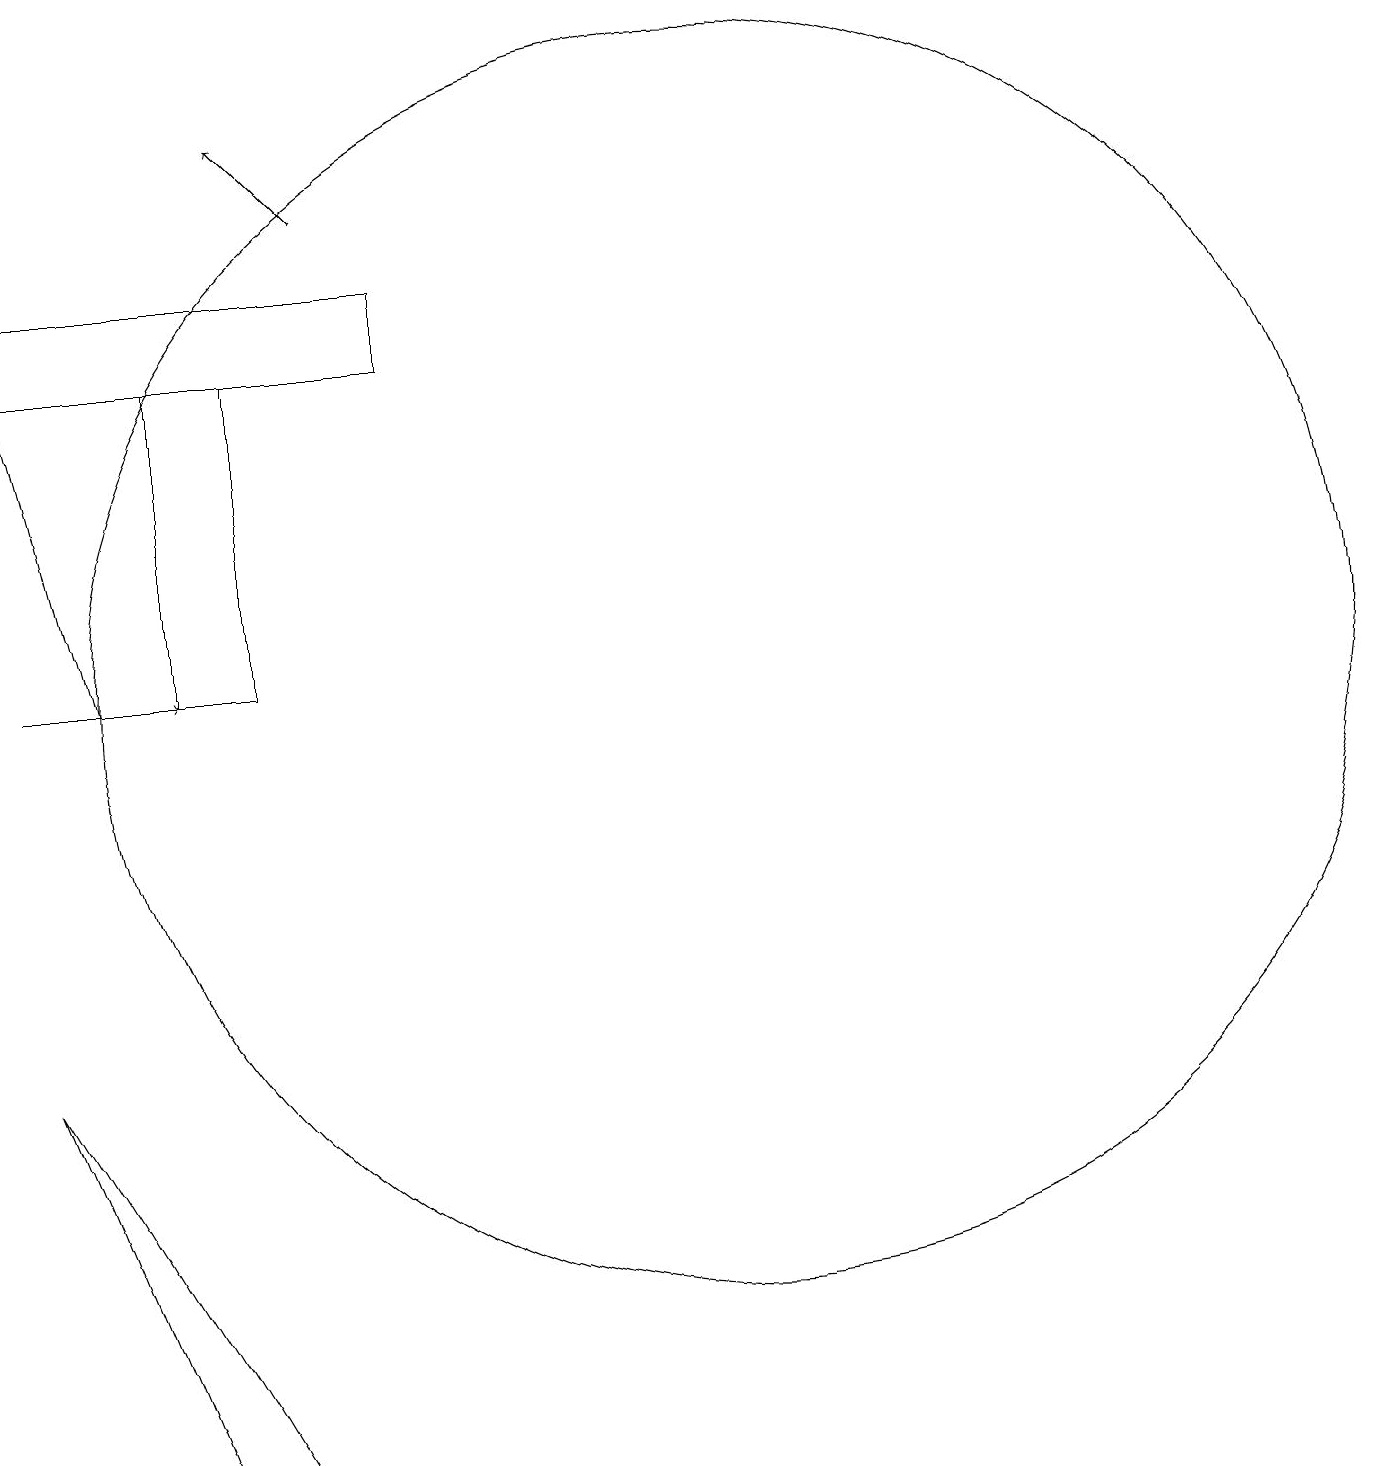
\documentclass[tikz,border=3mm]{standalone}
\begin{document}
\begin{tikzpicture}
\draw (2,14) rectangle (7,15);
\draw (4,14) rectangle (5,10);
\draw[->] (6,16) -- (5,17);
\draw (11,10) circle (8);
\draw[->] (3,10) -- (2,14);
\draw[->] (2,10) -- (4,10);
\draw (4,0) -- (2,5) -- (5,0) -- cycle;
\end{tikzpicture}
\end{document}